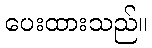
ပေးထားသည်။